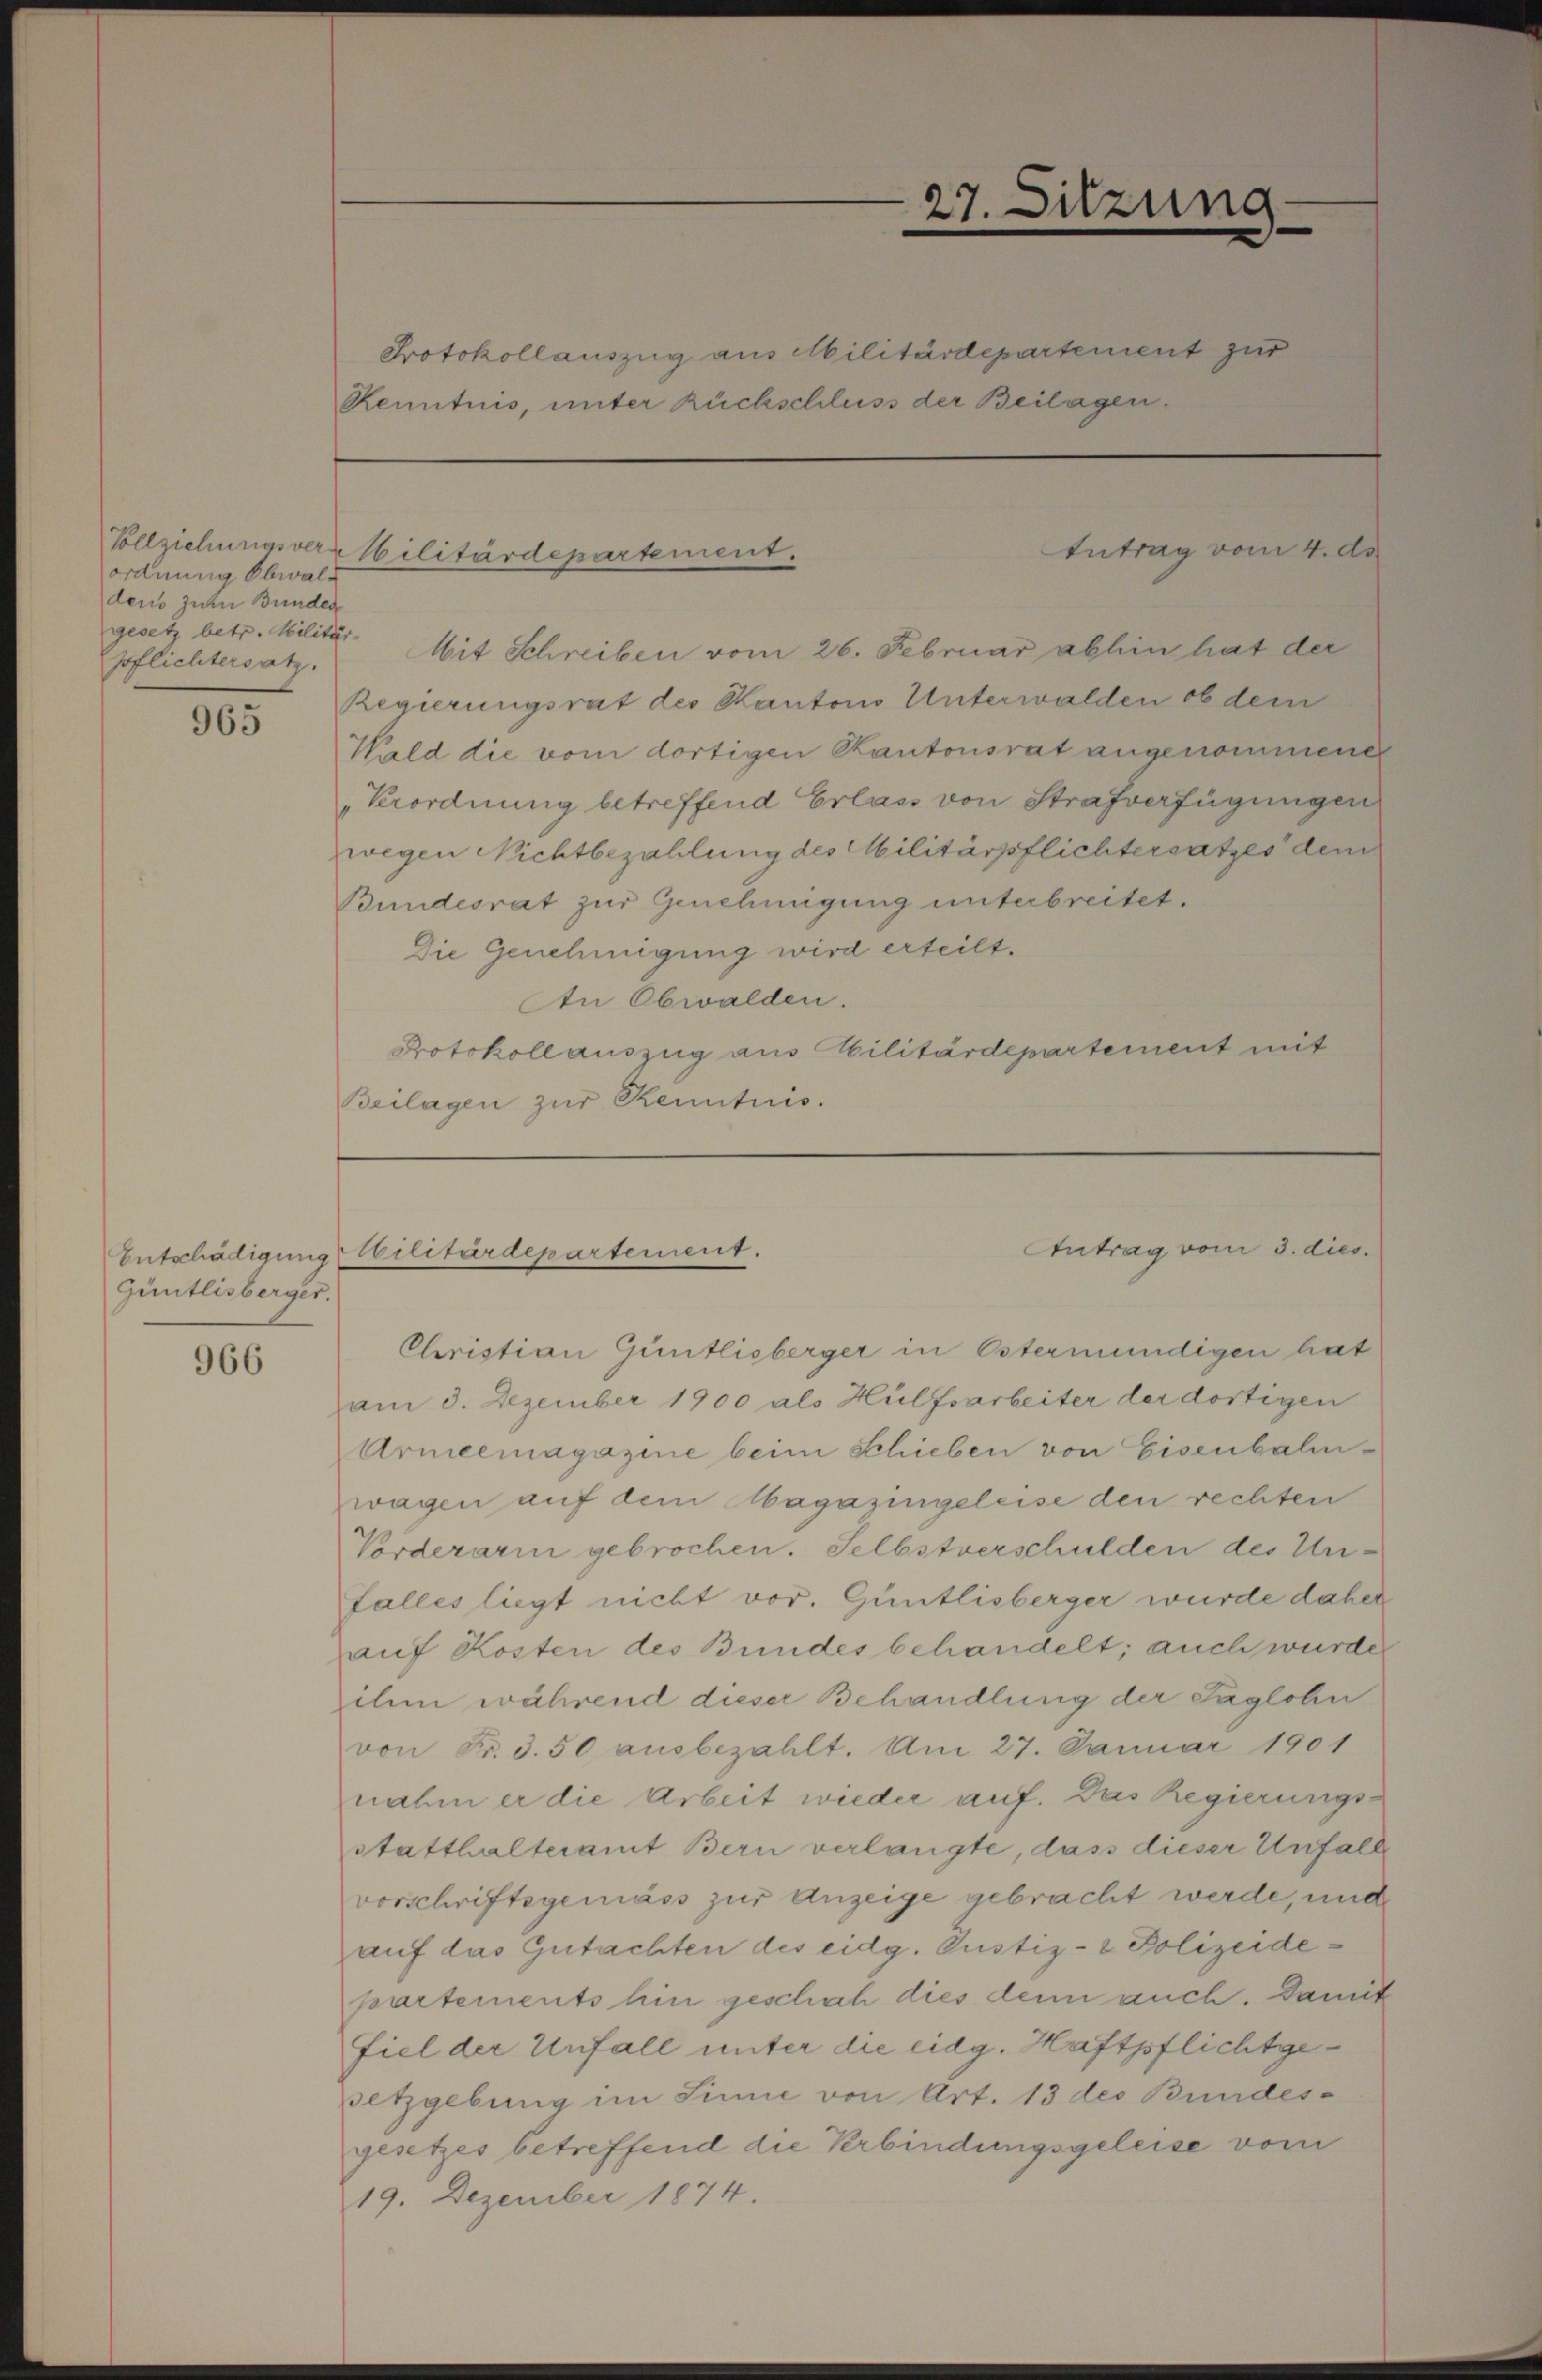
ordnung Obwaldens zur Bunden
gesetz betr. Militär-
pflichtersatz.

965

Güntlisberger.

966

Protokollauszug aus Militärdepartement zur
Renntnis, unter Rückschluss der Beilagen.

Vollziehungsverr Militärdepartement.

Entschädigung obilitärdepartement.

27. Sitzung

Antrag vom 4. d.

Mit Schreiben vom 26. Februar abhin hat der
Regierungsrat des Kantons Unterwalden ob dem
Weld die vom dortigen Kantonsrat angenommenen
Verordnung betreffend Erlass von Strafverfügungen
wegen Nichtbezahlung des Militärpflichtersatzes dem
Bundesrat zur Genehmigung unterbreitet.
Die Genehmigung wird erteilt.
An Obwalden.
Protokoll auszug aus Militärdepartement mit
Beilagen zur Kenntnis.

Antrag vom 3. dies

Christian Güntlisberger in Östermündigen hat
am 3. Dezember 1900 als Hülfsarbeiter der dortigen
Armeemagazine beim Schieben von Eisenbahnwagen auf dem Magazingeleise den rechten
Vorderarm gebrochen. Selbstverschulden des Unfalles liegt nicht vor. Güntlisberger wurde daher
auf Kosten des Bundes behandelt; auch wurde
ihm während dieser Behandlung der Taglohn
von Fr. 3.50 ausbezahlt. Am 27. Januar 1901
nahm er die Arbeit wieder auf. Das Regierungsstatthalteramt Bern verlangte, dass dieser Unfall
vorschriftsgemäss zur Anzeige gebracht werde, und
auf das Gutachten des eidg. Pustiz- & Polizeidepartements hin geschah dies denn auch. Damit
fiel der Unfall unter die eidg. Haftpflichtgesetzgebung im Sinne von Art. 13 des Bundes-
gesetzes betreffend die Verbindungsgeleise vom
19. Dezember 1874